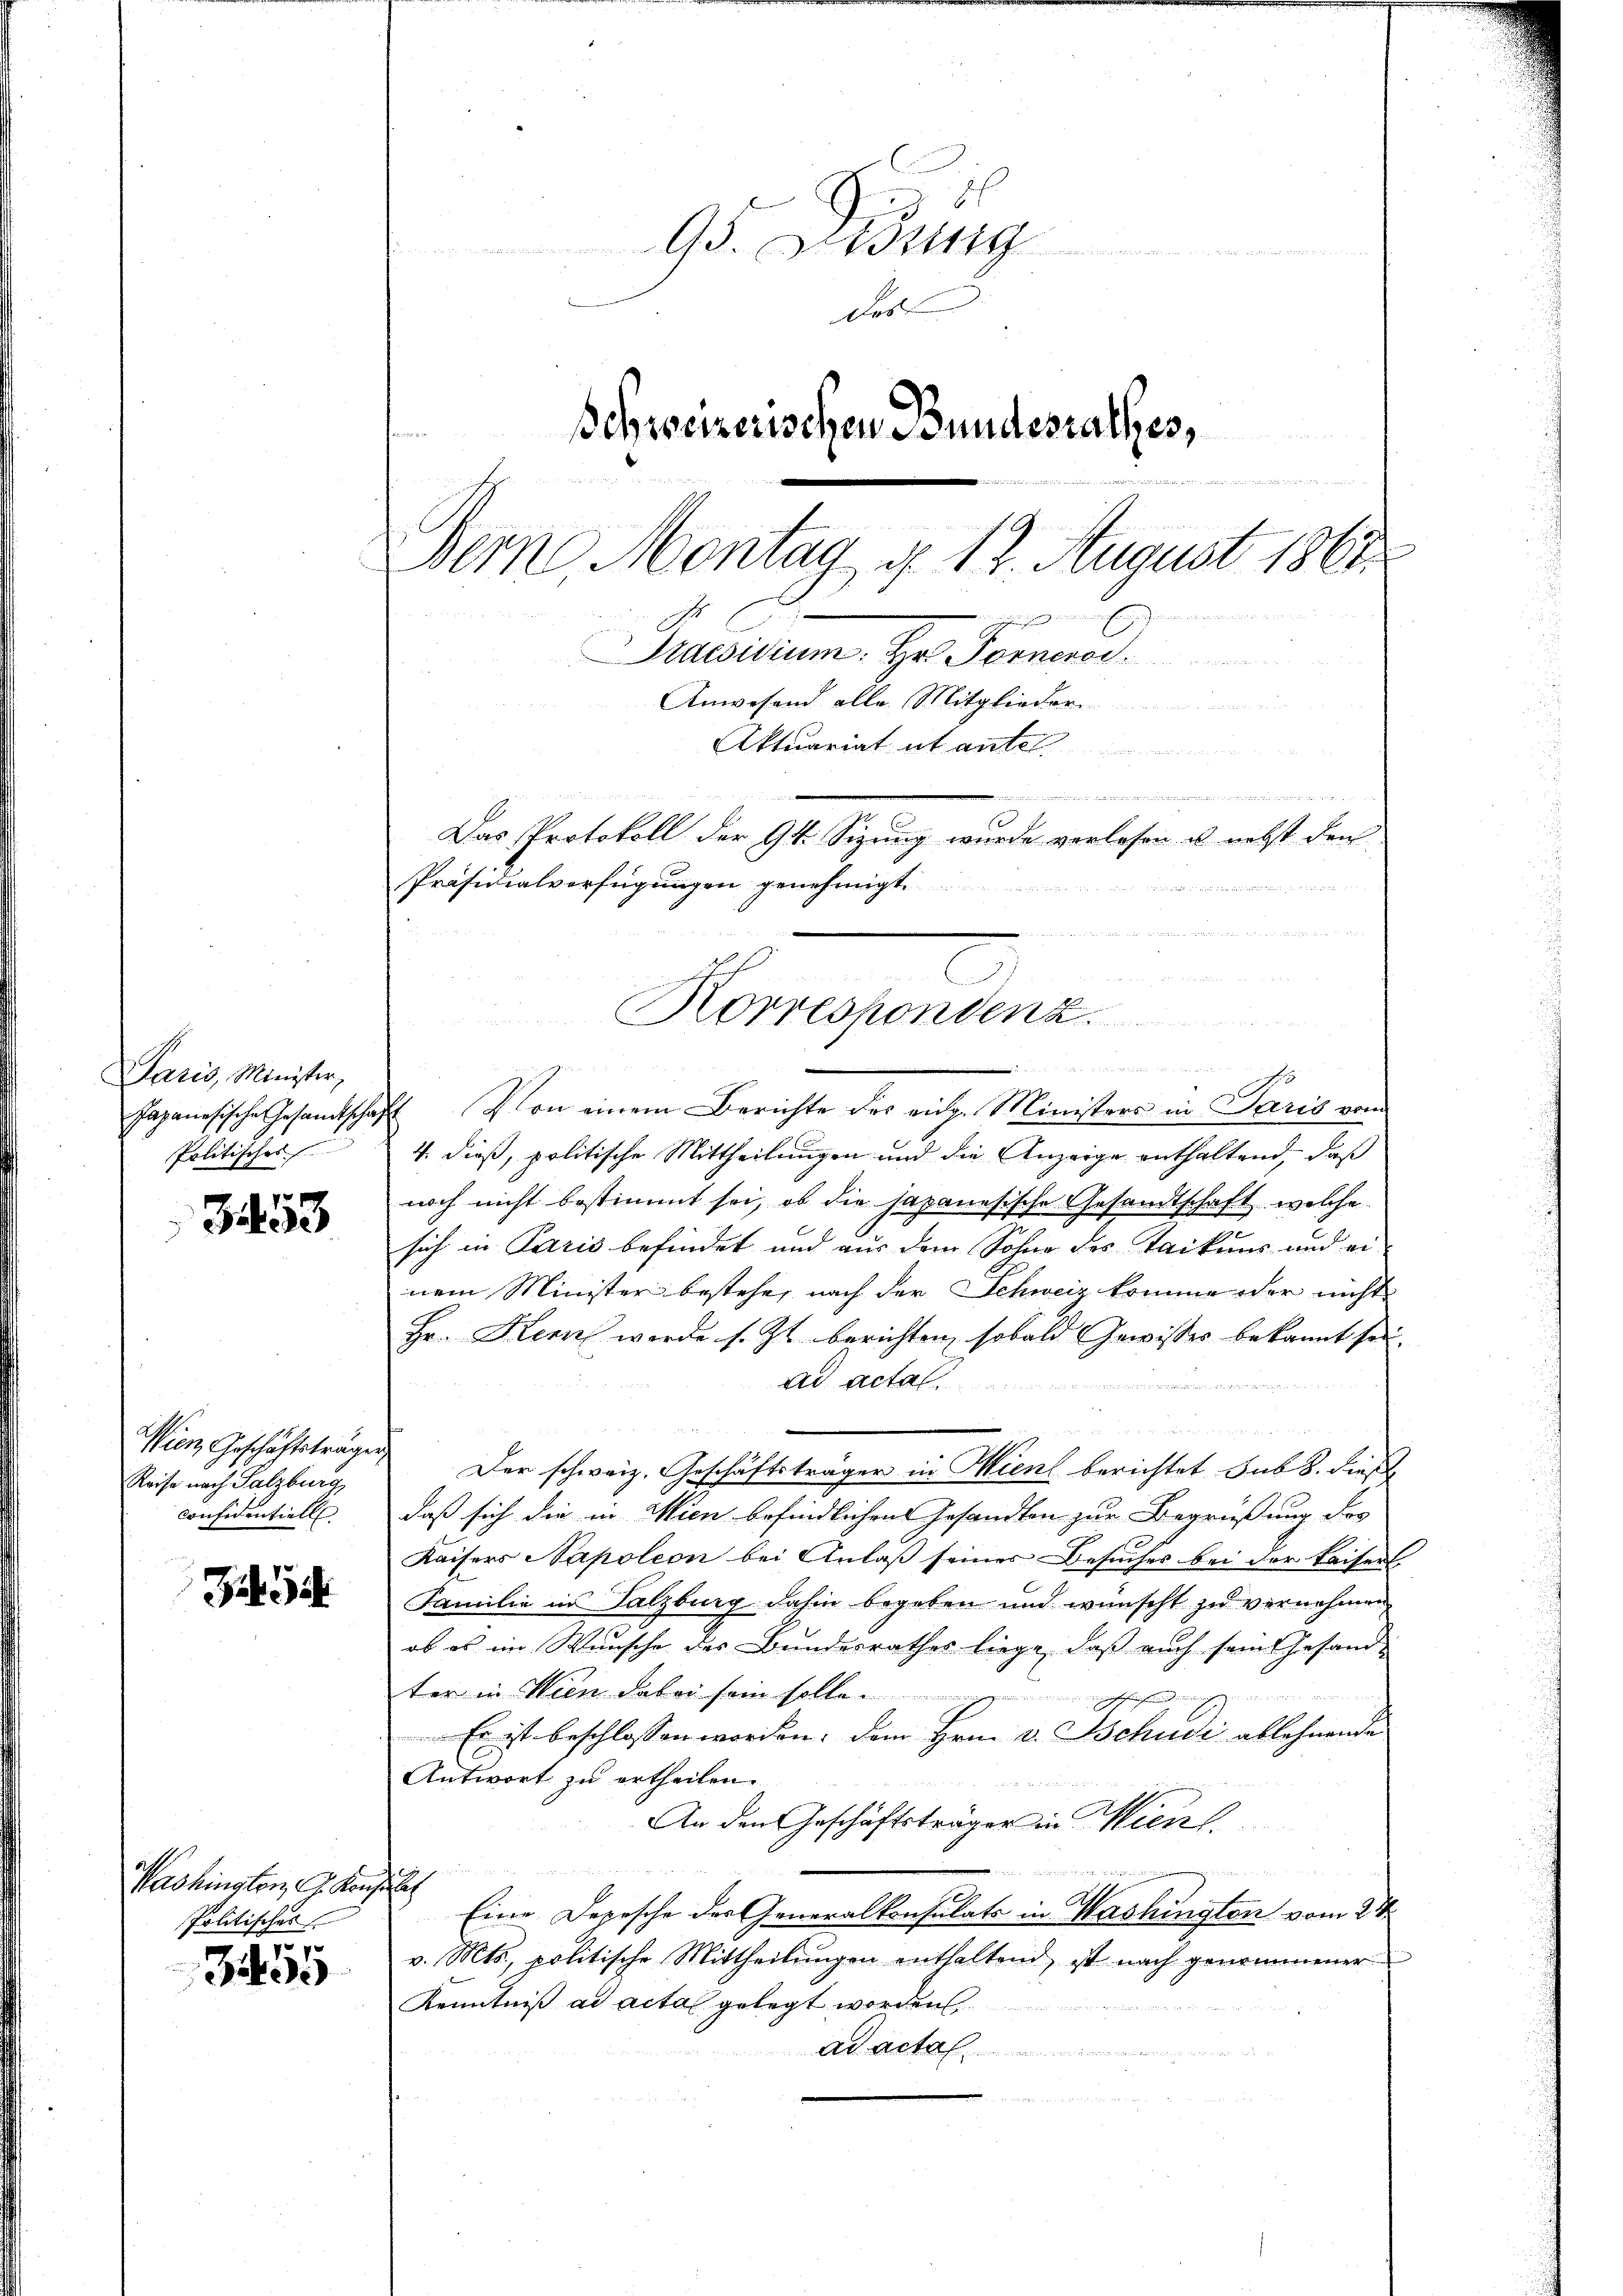
Paris, Minister,
Politischer

353

Wien Geschäftsträger
Reise nach Salzburg
Considentiell

J

Washingten, G. Konz
Politisches

355

95. Didung
Fes
Schweizerischen Bundesrathes,
n
Dem Montag d. 12. August 1861
 genen
Ataesidium: Hr. Forneros
Anwesend alle Mitglieder
n
Aktuariat et antel

Das Protokoll der 94. Sizung wurde verlesen u. nebst den

Präsidialverfügungen genehmigt.

 wider anderer den werden Morden den die

Korrespondenz.

Japanesische Gesandtschaft Von einem Berichte des eidg. Ministers in Paris vom
4. dieß, politische Mittheilungen und die Anzeige enthaltend, daß
noch nicht bestimmt sei, ob die Japanesische Gesandtschaft, welche
sich in Paris befindet und aus dem Sohne des Taikung und einem Minister bestehe, nach der Schweiz komme oder nicht
Hr. Kern werde s. Zt. berichten, sobald Gewisses bekannt sei.
ad actal
e
Der schweiz. Geschäftsträger in Wien berichtet sub 8. dies
daß sich die in Wien befindlichen Gesandten zur Begrüßung des

Kaisers Napoleon bei Anlaß seines Besuches bei der Kaiserl
Familie in Salzburg dahin begeben und wünscht zu vernehmen
ob es im Wunsche des Bundesrathes liege, daß auch sein Gesandter in Wien dabei sein solle.
 in den die die gesehen und in den
Es ist beschlossen worden. Dem Hrn. v. Schudi ablehnende
Antwort zu ertheilen.
An den Geschäftsträger in Wien.

uh
Eine Depesche der Generalkonsulats in Washington vom 24.
v. Mts., politische Mittheilungen enthaltend, ist nach genommener
Kenntniß ad actal gelegt worden
Ad Acta
sin verwendung einer veranten keine vorher den verweis